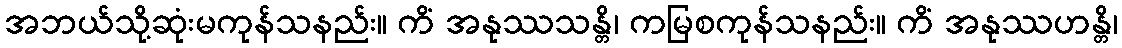
အဘယ်သို့ဆုံးမကုန်သနည်း။ ကိံ အနုဿသန္တိ၊ ကမြစကုန်သနည်း။ ကိံ အနုဿဟန္တိ၊